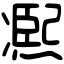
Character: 𠘑